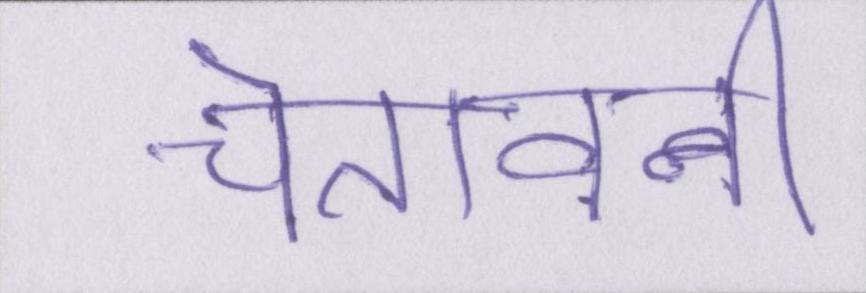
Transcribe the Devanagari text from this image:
चेतावनी